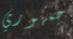
جمهوري